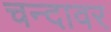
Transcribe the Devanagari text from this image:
चन्दावर